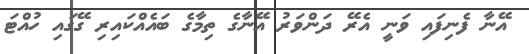
އޭނާ ފެނިފައި ވަނީ އެރޭ ދަންވަރު އޭނާގެ ތިމާގެ ބައެއްކައިރި ގޭގައި ހުއްޓަ